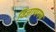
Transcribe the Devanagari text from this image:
विज्ञाणमय